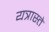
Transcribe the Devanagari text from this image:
यत्रास्ते